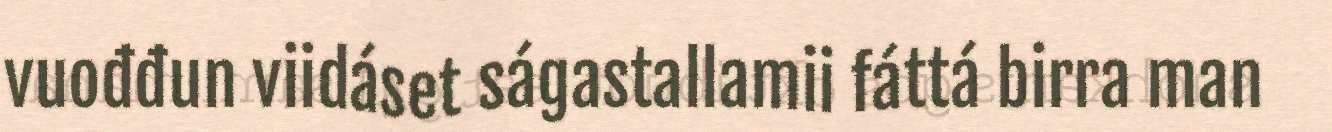
vuođđun viidáset ságastallamii fáttá birra man